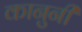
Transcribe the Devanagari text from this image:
कानुनी